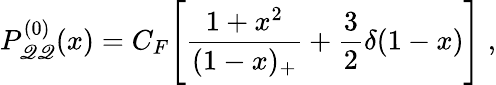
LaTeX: P_{\mathscr{Q}\mathscr{Q}}^{(0)}(x)=C_{F}\Bigg[\frac{{1+x^{2}}}{{(1-x)_{+}}}+\frac{{3}}{{2}}\delta(1-x)\Bigg]\; ,